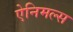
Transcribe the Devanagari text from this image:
ऐनिमल्स